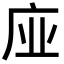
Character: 𢈀